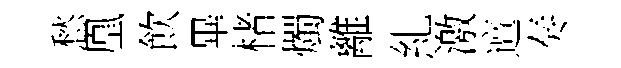
愁凰飲畢楮燭離糺激邅奏